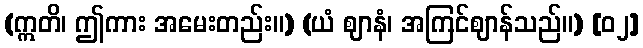
(ဣတိ၊ ဤကား အမေးတည်း။) (ယံ ဈာနံ၊ အကြင်ဈာန်သည်။) [၀၂]